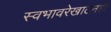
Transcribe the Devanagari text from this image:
स्वभावरेखाटनही